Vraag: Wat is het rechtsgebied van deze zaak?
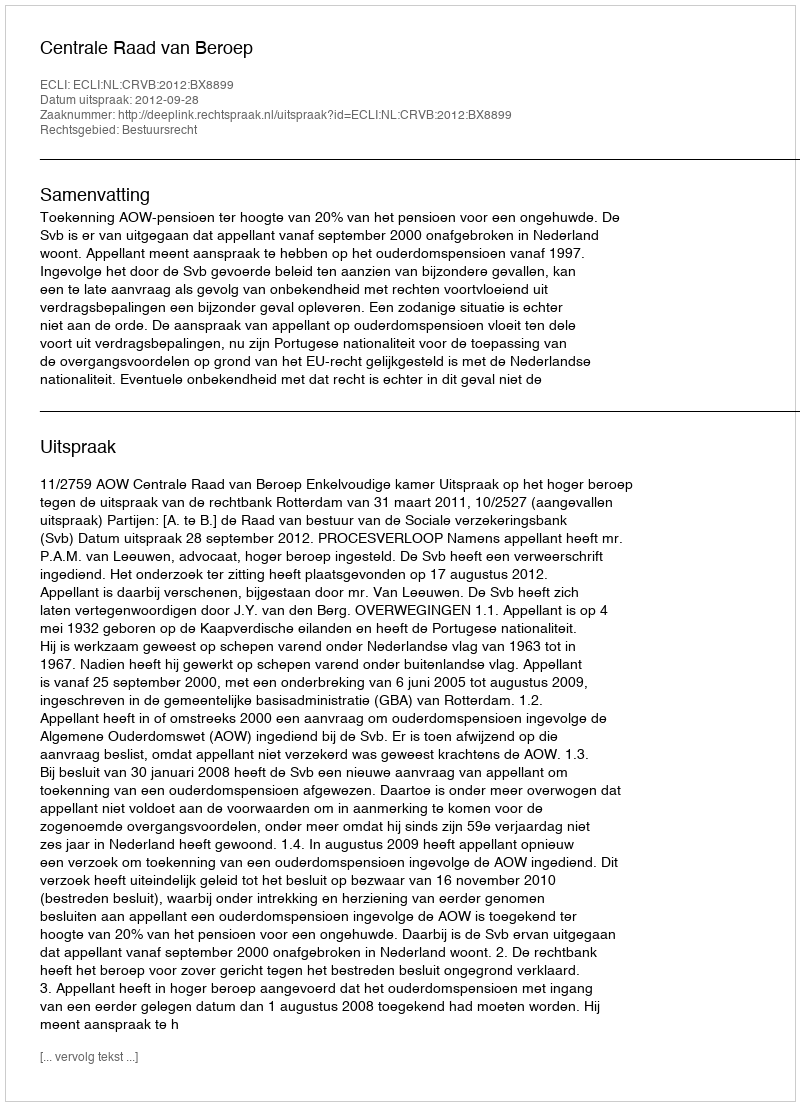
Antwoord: Bestuursrecht